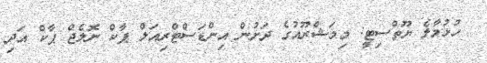
ހުޅުމާލެ ޔޫތްސިޓީ: މިމަޝްރޫއުގެ ދަށުން އިންޑަސްޓްރިއަލް ޕާކް ނޮލެޖް ޕާކް އަދި